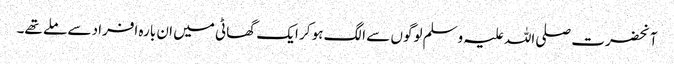
آنحضرت صلی اللہ علیہ وسلم لوگوں سے الگ ہو کر ایک گھاٹی میں ان بارہ افراد سے ملے تھے۔